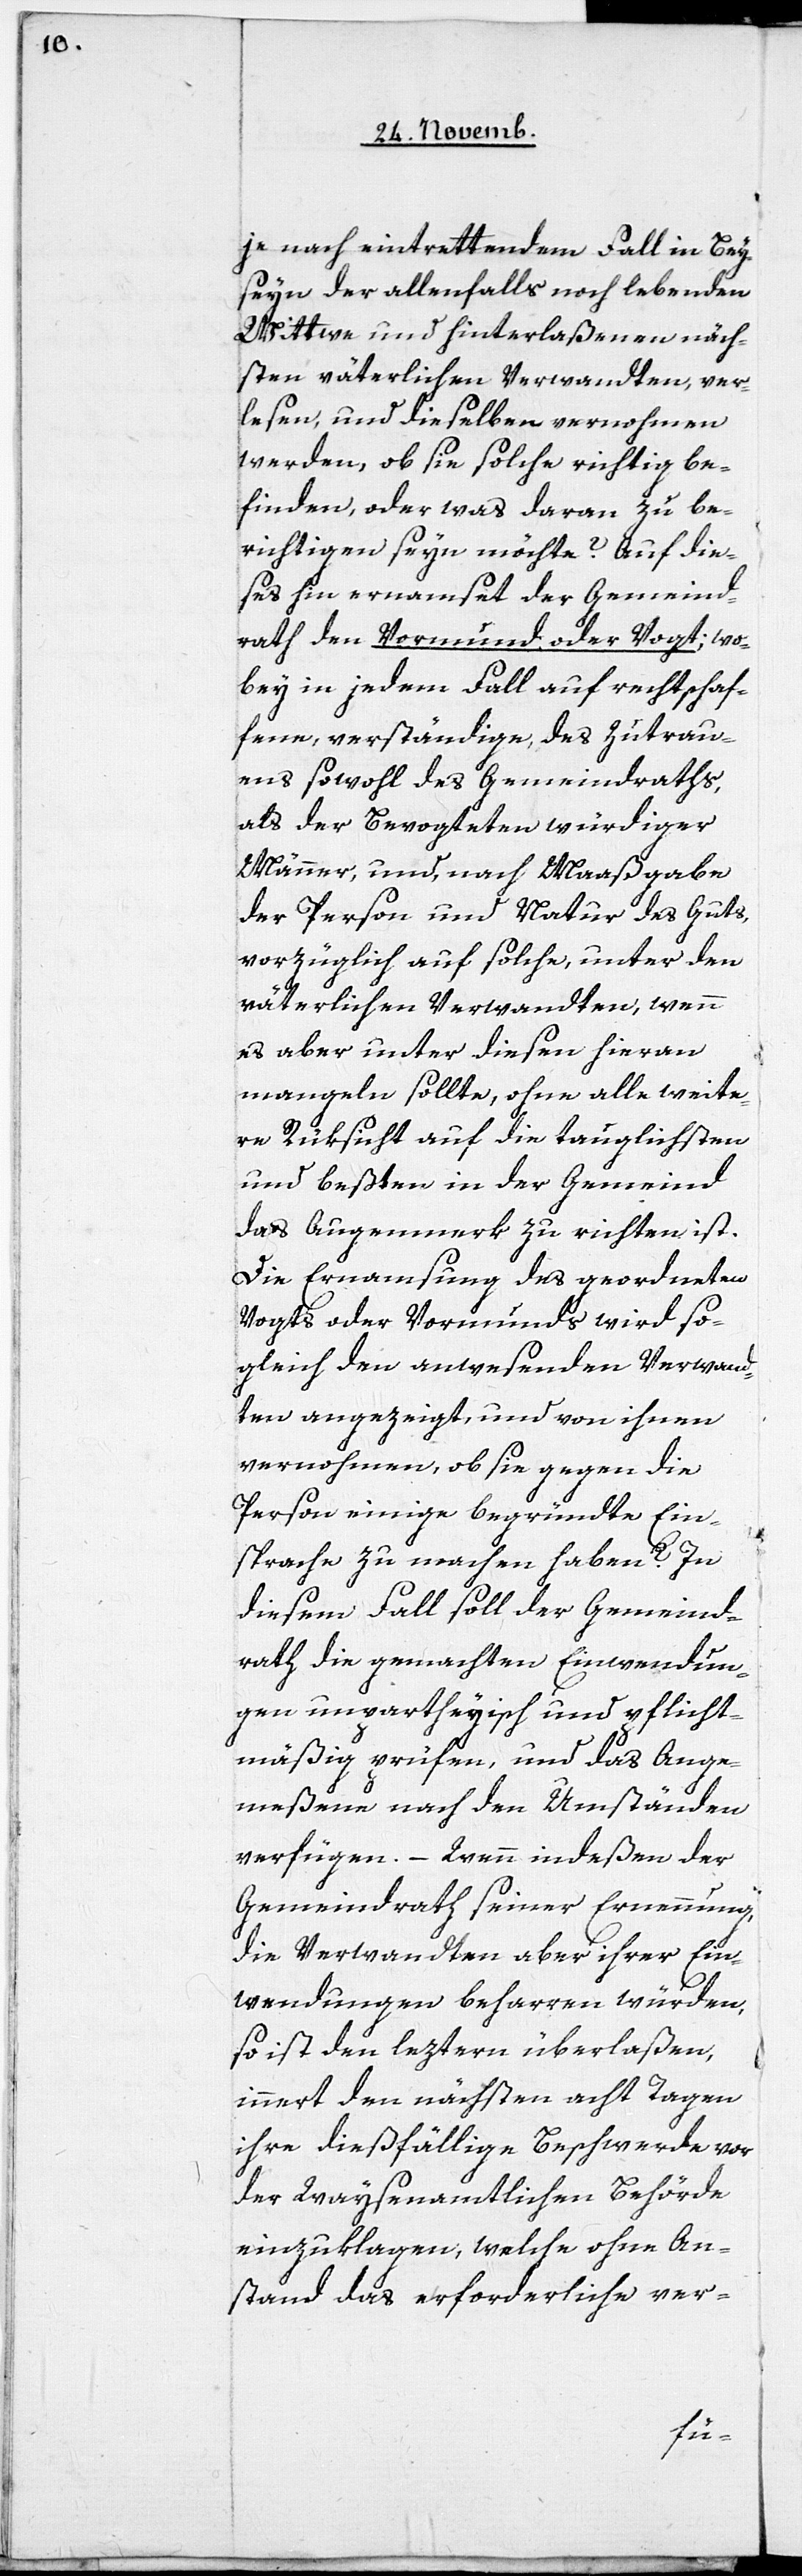
je nach eintrettendem Fall in Bey¬
seyn der allenfalls noch lebenden
Wittwe und Hinterlaßenen näch¬
sten väterlichen Verwandten, ver¬
lesen, und dieselben vernohmen
werden, ob sie solche richtig be¬
finden, oder was daran zu be¬
richtigen seyn möchte? Auf die¬
ses hin ernamset der Gemeind¬
rath den Vormund oder Vogt; wo¬
bey in jedem Fall auf rechtschaf¬
fene, verständige, des Zutrau¬
ens sowohl des Gemeindraths,
als der Bevogteten würdiger
Männer, und, nach Maaßgabe
der Person und Natur des Guts,
vorzüglich auf solche, unter den
väterlichen Verwandten, wenn
es aber unter diesen hieran
mangeln sollte, ohne alle weite¬
re Rüksicht auf die tauglichsten
und beßten in der Gemeind[e]
das Augenmerk zu richten ist.
Die Ernamsung des geordneten
Vogts oder Vormunds wird so¬
gleich den anwesenden Verwand¬
ten angezeigt, und von ihnen
vernohmen, ob sie gegen die
Person einige begründte Ein¬
sprache zu machen haben?
diesem Fall soll der Gemeind¬
rath die gemachten Einwendun¬
gen unpartheyisch und pflicht¬
mäßig prüfen, und das Ange¬
meßene nach den Umständen
verfügen. – Wenn indeßen der
Gemeindrath seiner Ernennung,
die Verwandten aber ihrer Ein¬
wendungen beharren würden,
so ist den leztern überlaßen,
innert den nächsten acht Tagen
ihre dießfällige Beschwerde vor
der Waysenamtlichen Behörde
einzuklagen; welche ohne An¬
stand das erforderliche ver-